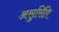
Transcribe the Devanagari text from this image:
असुरिति